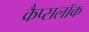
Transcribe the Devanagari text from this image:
कैप्सलॉक